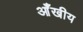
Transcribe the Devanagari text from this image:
आँखीय